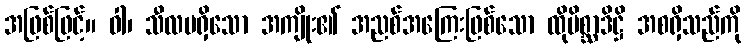
အဖြစ်ဖြင့်။ ဝါ၊ သီလမရှိသော အကျိုး၏ အညစ်အကြေးဖြစ်သော ထိုမိစ္ဆာဒိဋ္ဌိ အစရှိသည်ကို